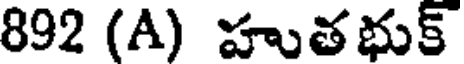
892 (A) హుతభుక్